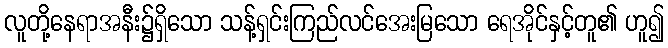
လူတို့နေရာအနီး၌ရှိသော သန့်ရှင်းကြည်လင်အေးမြသော ရေအိုင်နှင့်တူ၏ ဟူ၍